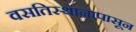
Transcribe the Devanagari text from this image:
वसतिस्थानापासून